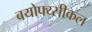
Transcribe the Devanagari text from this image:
बयोफ्य्सीकल